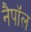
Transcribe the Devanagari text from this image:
नैपॉल